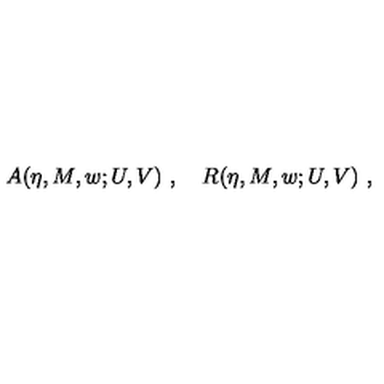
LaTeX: A ( \eta , M , w ; U , V ) \ , \quad R ( \eta , M , w ; U , V ) \ ,